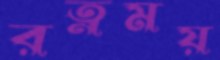
রত্নময়